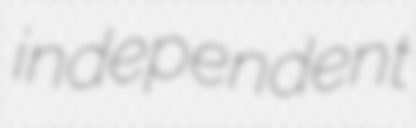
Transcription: independent